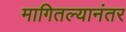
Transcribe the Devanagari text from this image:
मागितल्यानंतर